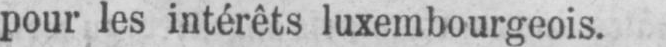
pour les intérêts luxembourgeois.